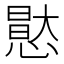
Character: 𭞘